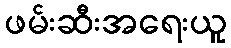
ဖမ်းဆီးအရေးယူ